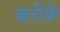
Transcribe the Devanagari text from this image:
ऋरीफ़े